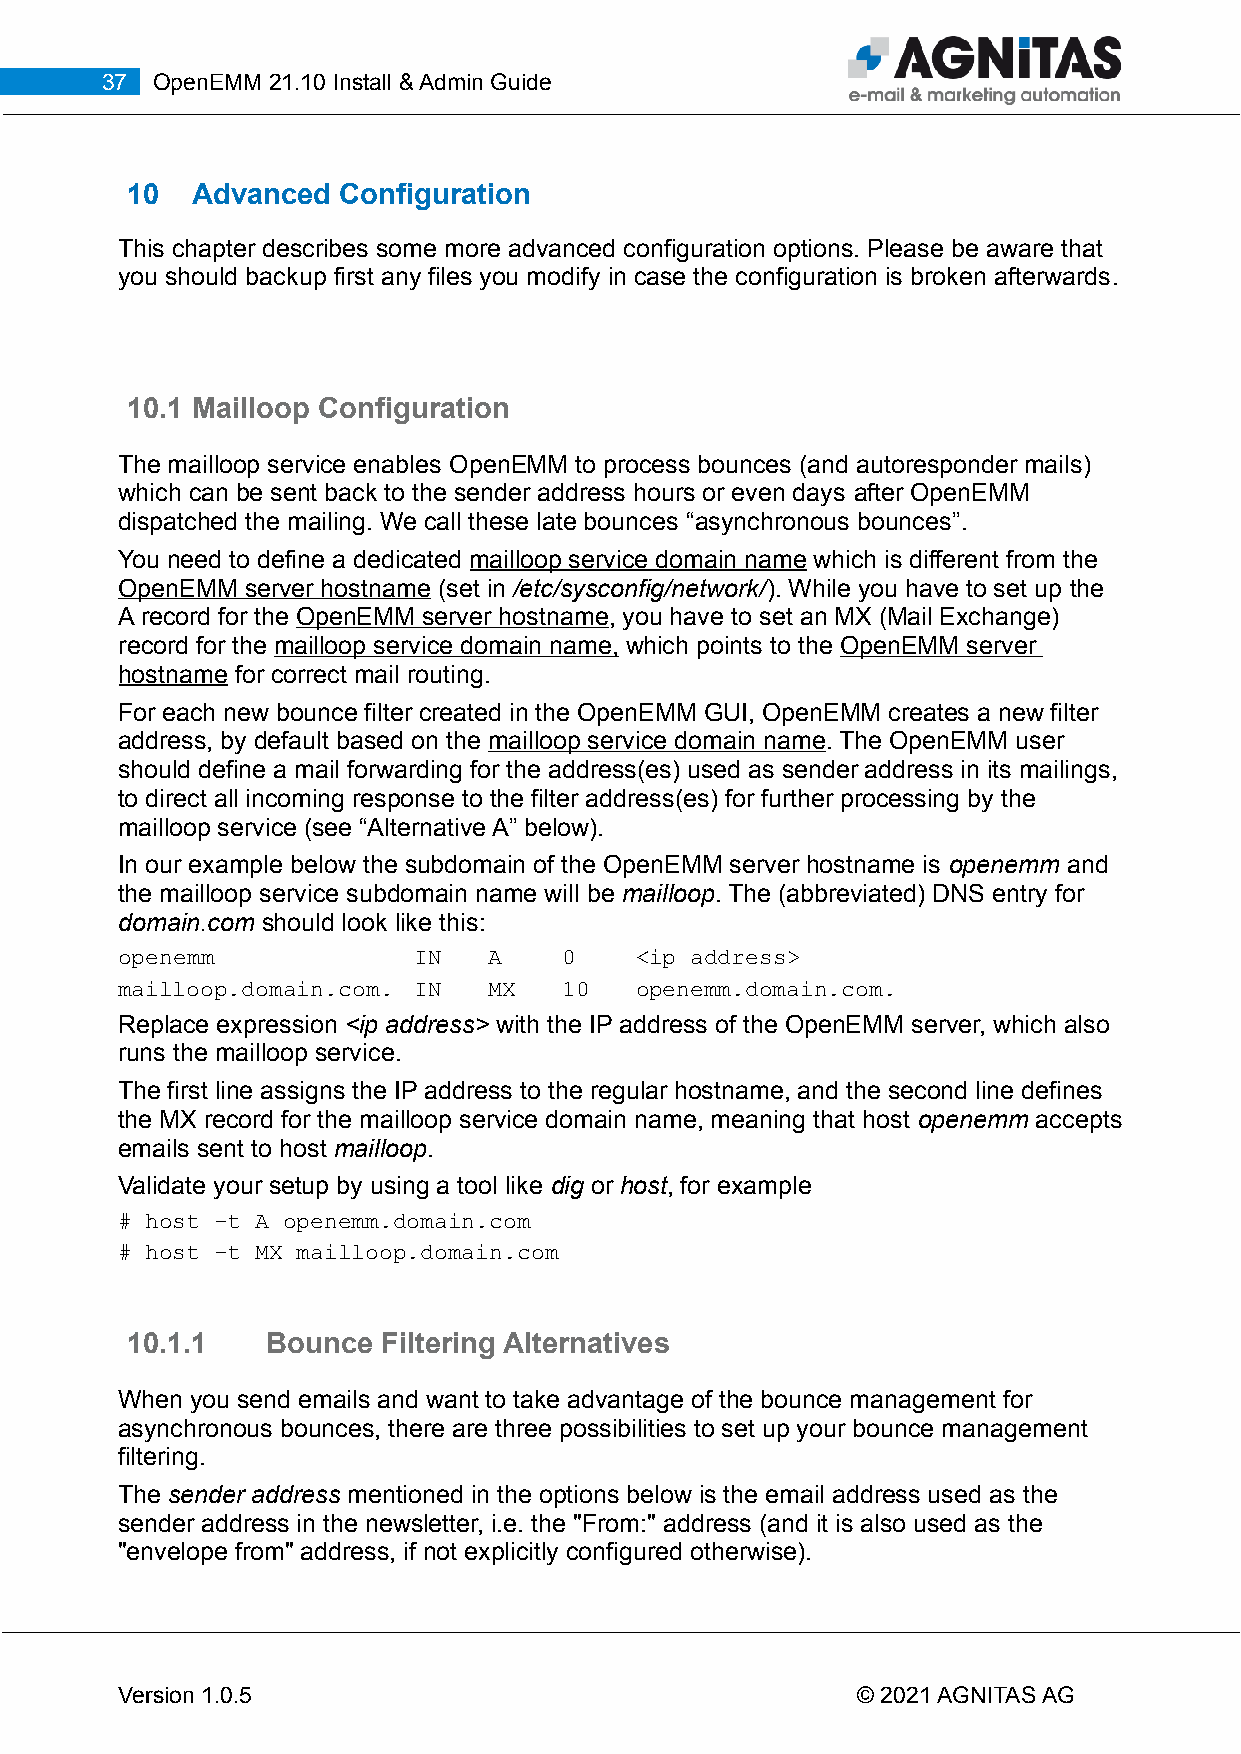
37 OpenEMM 21.10 Install & Admin Guide
 10   Advanced Configuration
 This chapter describes some more advanced configuration options. Please be aware that
 you should backup first any files you modify in case the configuration is broken afterwards.
 10.1 Mailloop Configuration
 The mailloop service enables OpenEMM to process bounces (and autoresponder mails)
 which can be sent back to the sender address hours or even days after OpenEMM
 dispatched the mailing. We call these late bounces “asynchronous bounces”.
 You need to define a dedicated mailloop service domain name which is different from the
 OpenEMM server hostname (set in /etc/sysconfig/network/). While you have to set up the
 A record for the OpenEMM server hostname, you have to set an MX (Mail Exchange)
 record for the mailloop service domain name , which points to the OpenEMM server
 hostname for correct mail routing.
 For each new bounce filter created in the OpenEMM GUI, OpenEMM creates a new filter
 address, by default based on the mailloop service domain name. The OpenEMM user
 should define a mail forwarding for the address(es) used as sender address in its mailings,
 to direct all incoming response to the filter address(es) for further processing by the
 mailloop service (see “Alternative A” below).
 In our example below the subdomain of the OpenEMM server hostname is openemm and
 the mailloop service subdomain name will be mailloop. The (abbreviated) DNS entry for
 domain.com should look like this:
 openemm            IN   A    0    <ip address>
 mailloop.domain.com. IN MX   10   openemm.domain.com.
 Replace expression <ip address> with the IP address of the OpenEMM server, which also
 runs the mailloop service.
 The first line assigns the IP address to the regular hostname, and the second line defines
 the MX record for the mailloop service domain name, meaning that host openemm accepts
 emails sent to host mailloop.
 Validate your setup by using a tool like dig or host, for example
 # host -t A openemm.domain.com
 # host -t MX mailloop.domain.com
 10.1.1    Bounce Filtering Alternatives
 When you send emails and want to take advantage of the bounce management for
 asynchronous bounces, there are three possibilities to set up your bounce management
 filtering.
 The sender address mentioned in the options below is the email address used as the
 sender address in the newsletter, i.e. the "From:" address (and it is also used as the
 "envelope from" address, if not explicitly configured otherwise).
 Version 1.0.5                                    © 2021 AGNITAS AG